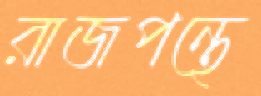
রাজপন্থে